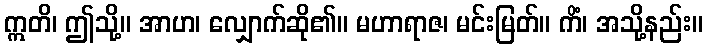
ဣတိ၊ ဤသို့။ အာဟ၊ လျှောက်ဆို၏။ မဟာရာဇ၊ မင်းမြတ်။ ကိံ၊ အသို့နည်း။